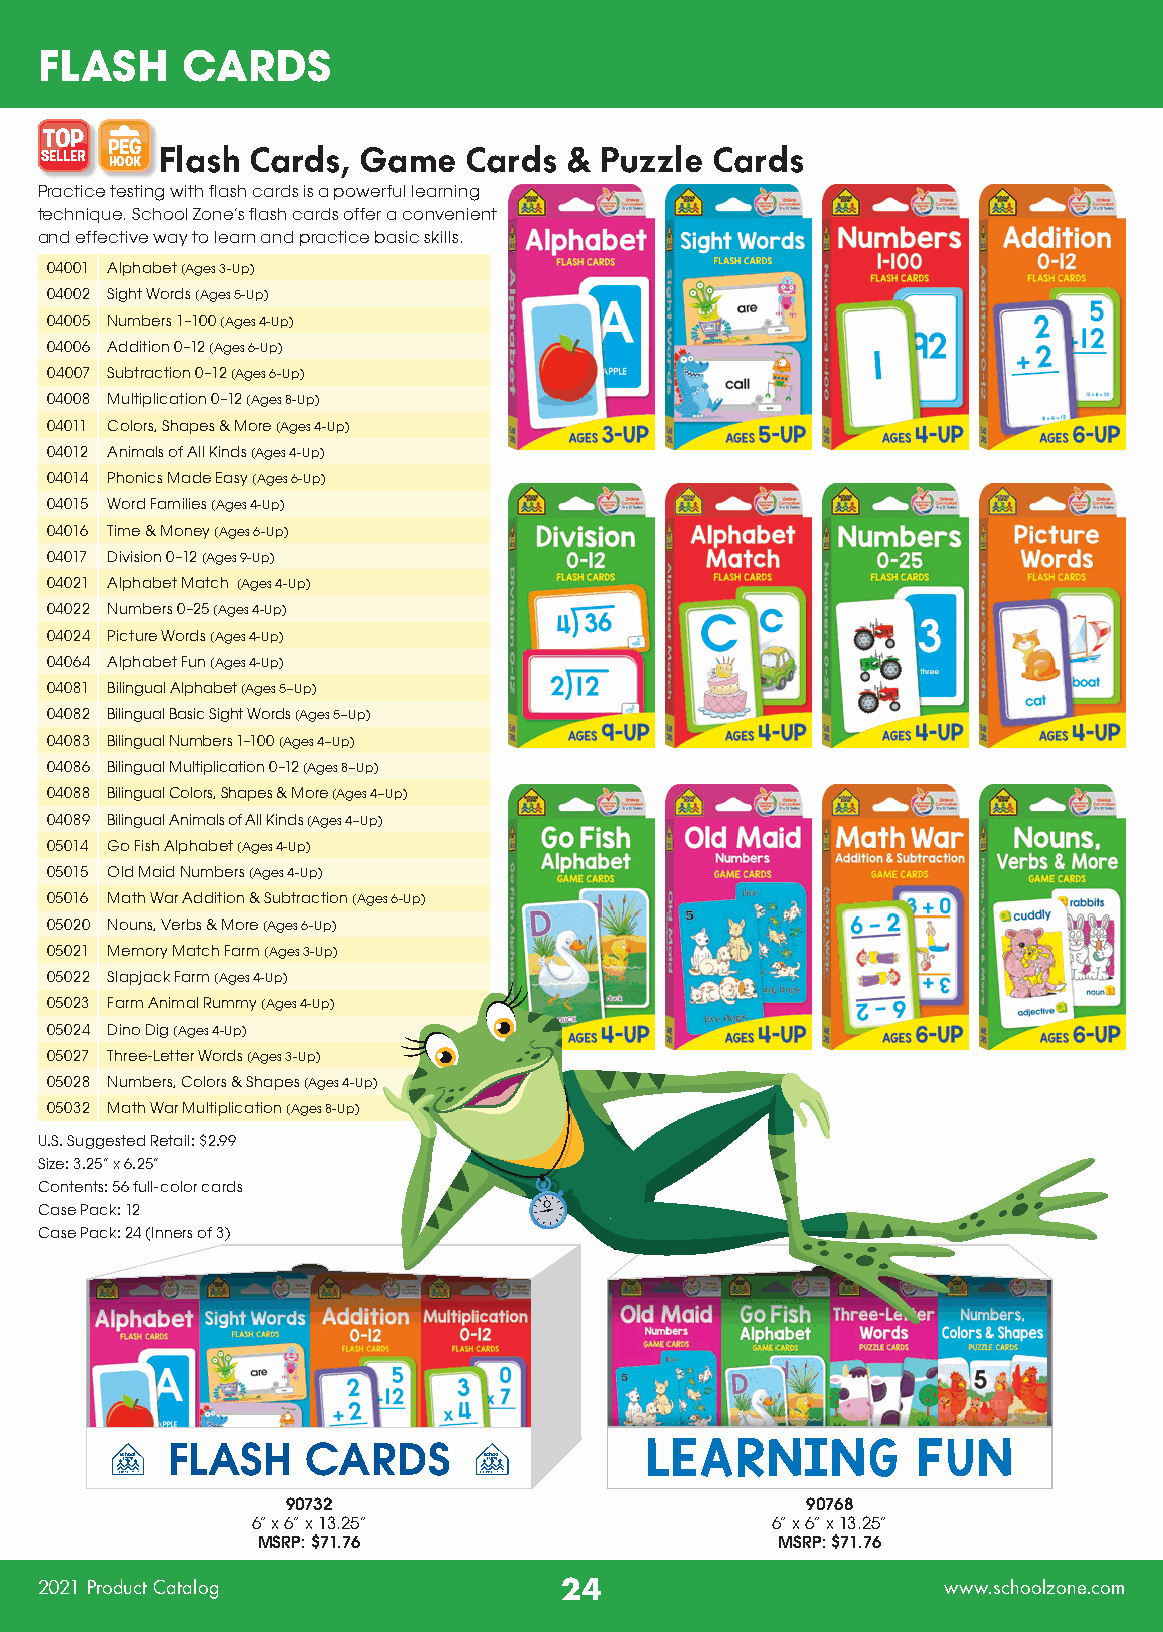
FLASH     CARDS
 TOP
 PEG
 SELLER  Flash Cards, Game   Cards &  Puzzle Cards
 HOOK
 Practice testing with flash cards is a powerful learning
 technique. School Zone’s flash cards offer a convenient
 and effective way to learn and practice basic skills.
 04001 Alphabet (Ages 3-Up)
 04002 Sight Words (Ages 5-Up)
 04005 Numbers 1–100 (Ages 4-Up)
 04006 Addition 0–12 (Ages 6-Up)
 04007 Subtraction 0–12 (Ages 6-Up)
 04008 Multiplication 0–12 (Ages 8-Up)
 04011 Colors, Shapes & More (Ages 4-Up)
 04012 Animals of All Kinds (Ages 4-Up)
 04014 Phonics Made Easy (Ages 6-Up)
 04015 Word Families (Ages 4-Up)
 04016 Time & Money (Ages 6-Up)
 04017 Division 0–12 (Ages 9-Up)
 04021 Alphabet Match (Ages 4-Up)
 04022 Numbers 0–25 (Ages 4-Up)
 04024 Picture Words (Ages 4-Up)
 04064 Alphabet Fun (Ages 4-Up)
 04081 Bilingual Alphabet (Ages 5–Up)
 04082 Bilingual Basic Sight Words (Ages 5–Up)
 04083 Bilingual Numbers 1–100 (Ages 4–Up)
 04086 Bilingual Multiplication 0–12 (Ages 8–Up)
 04088 Bilingual Colors, Shapes & More (Ages 4–Up)
 04089 Bilingual Animals of All Kinds (Ages 4–Up)
 05014 Go Fish Alphabet (Ages 4-Up)
 05015 Old Maid Numbers (Ages 4-Up)
 05016 Math War Addition & Subtraction (Ages 6-Up)
 05020 Nouns, Verbs & More (Ages 6-Up)
 05021 Memory Match Farm (Ages 3-Up)
 05022 Slapjack Farm (Ages 4-Up)
 05023 Farm Animal Rummy (Ages 4-Up)
 05024 Dino Dig (Ages 4-Up)
 05027 Three-Letter Words (Ages 3-Up)
 05028 Numbers, Colors & Shapes (Ages 4-Up)
 05032 Math War Multiplication (Ages 8-Up)
 U.S. Suggested Retail: $2.99
 Size: 3.25” x 6.25”
 Contents: 56 full-color cards
 Case Pack: 12
 Case Pack: 24 (Inners of 3)
 FLASH    CARDS                  LEARNING          FUN
 90732                             90768
 6” x 6” x 13.25”                  6” x 6” x 13.25”
 MSRP: $71.76                      MSRP: $71.76
 2021 Product Catalog               24                        www.schoolzone.com